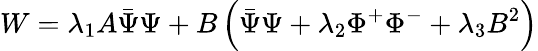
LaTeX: W=\lambda_{1}A\bar{\Psi}\Psi+B\left(\bar{\Psi}\Psi+\lambda_{2}\Phi^{+}\Phi^{-}+\lambda_{3}B^{2}\right)